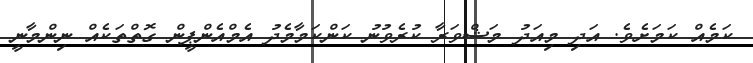
ކަމެއް ކަަމަށެވެ. އަދި މިއަދު މަޝްވަރާ ކުރެވުނު ކަންކަމާމެދު އެމްއެންޕީން ގޮތްތަކެއް ނިންމާނީ